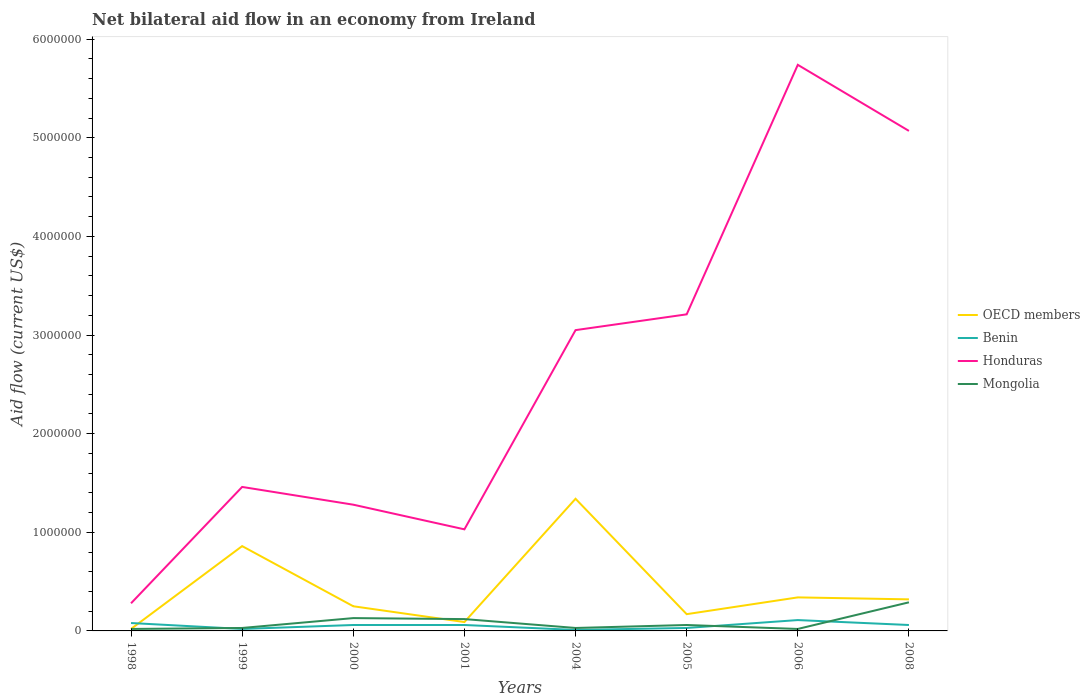
| Years | OECD members | Benin | Honduras | Mongolia |
 | --- | --- | --- | --- | --- |
 | 1998 | 2e+04 | 8e+04 | 2.8e+05 | 2e+04 |
 | 1999 | 8.6e+05 | 2e+04 | 1.46e+06 | 3e+04 |
 | 2000 | 2.5e+05 | 6e+04 | 1.28e+06 | 1.3e+05 |
 | 2001 | 9e+04 | 6e+04 | 1.03e+06 | 1.2e+05 |
 | 2004 | 1.34e+06 | 1e+04 | 3.05e+06 | 3e+04 |
 | 2005 | 1.7e+05 | 3e+04 | 3.21e+06 | 6e+04 |
 | 2006 | 3.4e+05 | 1.1e+05 | 5.74e+06 | 2e+04 |
 | 2008 | 3.2e+05 | 6e+04 | 5.07e+06 | 2.9e+05 |